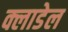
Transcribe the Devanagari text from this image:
क्लाडेल